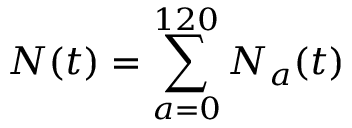
N ( t ) = \sum _ { a = 0 } ^ { 1 2 0 } N _ { a } ( t )